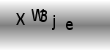
Text: XWBje